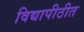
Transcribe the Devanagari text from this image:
विद्यापीठीत